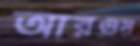
আরগুস